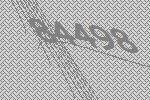
84498